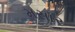
મસાર